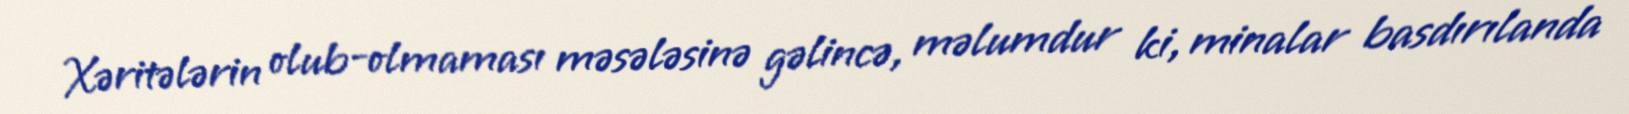
Xəritələrin olub-olmaması məsələsinə gəlincə, məlumdur ki, minalar basdırılanda